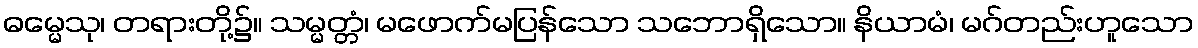
ဓမ္မေသု၊ တရားတို့၌။ သမ္မတ္တံ၊ မဖောက်မပြန်သော သဘောရှိသော။ နိယာမံ၊ မဂ်တည်းဟူသော